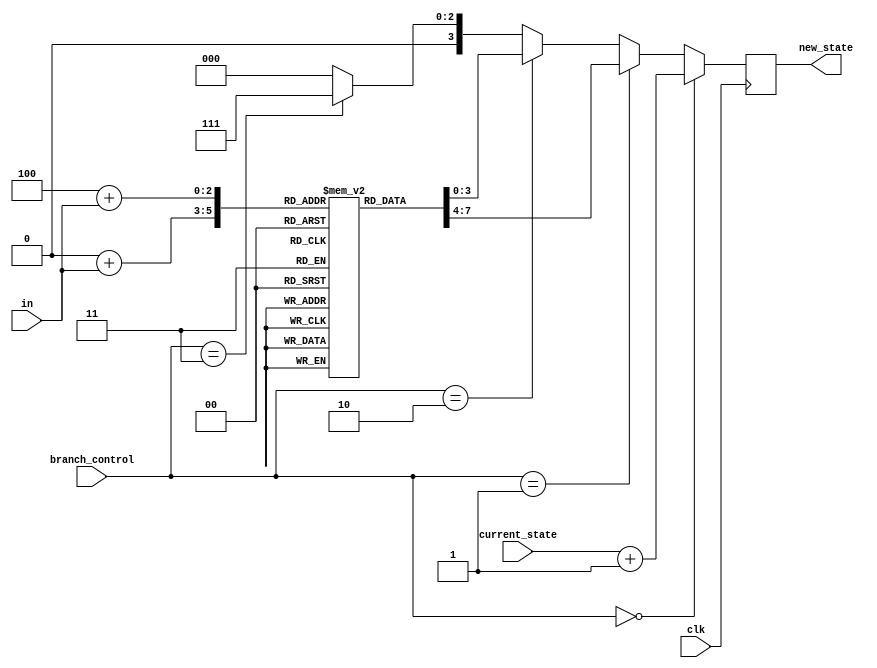
module next_state(current_state, clk, branch_control, new_state, in);
    input clk;
    input [3:0] current_state;
    input [2:0] branch_control;
    input [1:0] in;

    output reg [3:0] new_state;

    reg [3:0] dispatches [1:0][3:0];        // Dispatch ROMs

    initial begin
        // Dispatch ROM for branch 1: Transitions for S3
        dispatches[0][0] <= 4'd4;
        dispatches[0][1] <= 4'd5;
        dispatches[0][2] <= 4'd6;
        dispatches[0][3] <= 4'd6;

        // Dispatch ROM for branch 2: Transitions for S10
        dispatches[1][0] <= 4'd11;
        dispatches[1][1] <= 4'd12;
        dispatches[1][2] <= 4'd12;
        dispatches[1][3] <= 4'd12;

        new_state <= 4'd0;      // Initialize next_state with 
    end

    always @(posedge clk) begin
        #2    // Propagation delay modelling - we wait for branch control and input fetch
        if(branch_control == 3'd0) begin
            new_state <= current_state + 4'd1;  // Increment current_state by 1
        end
        else if(branch_control == 3'd1) begin
            new_state <= dispatches[0][in];     // Fetch from dispatch ROMs
        end
        else if(branch_control == 3'd2) begin
            new_state <= dispatches[1][in];     // Fetch from dispatch ROMs
        end
        else if(branch_control == 3'd3) begin
            new_state <= 4'd7;                  // Branch 3: All transitions to S7
        end
        else begin
            new_state <= 4'd0;                  // Branch 4: All transitions to S0
        end
    end

endmodule